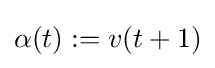
\alpha (t):=v(t+1)